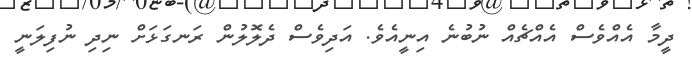
ދީމާ އެެއްވެސް އެއްޗެއް ނުބުނެ އިނީއެވެ. އަދިވެސް ދެލޮލުން ރަނގަޅަށް ނިދި ނުފިލަނީ